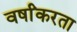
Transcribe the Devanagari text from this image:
वर्षांकरता